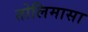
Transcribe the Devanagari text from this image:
तोलिमासा